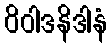
ဝိဝါဒနိဒါနံ